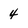
Character: 4